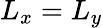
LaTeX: L_{x}=L_{y}